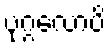
ပုဂ္ဂလောပိ